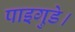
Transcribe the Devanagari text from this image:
पाइगुडे।